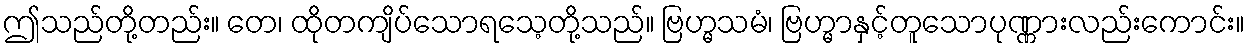
ဤသည်တို့တည်း။ တေ၊ ထိုတကျိပ်သောရသေ့တို့သည်။ ဗြဟ္မသမံ၊ ဗြဟ္မာနှင့်တူသောပုဏ္ဏားလည်းကောင်း။